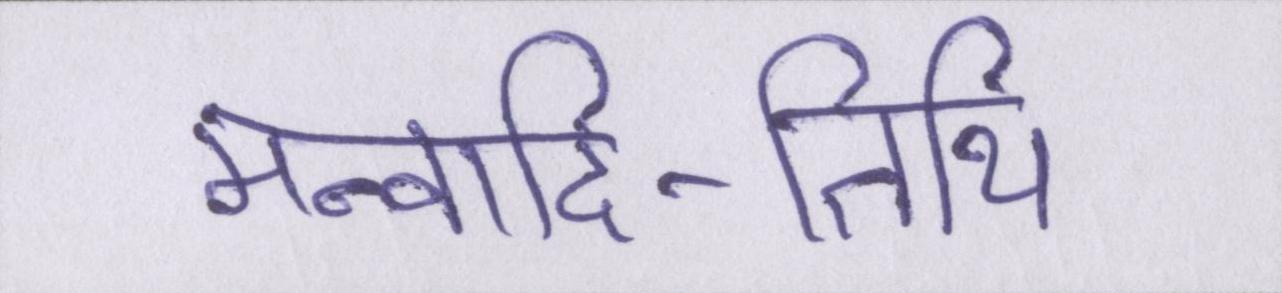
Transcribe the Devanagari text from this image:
मन्वादि-तिथि